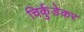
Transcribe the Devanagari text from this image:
चिर्कुडेकर